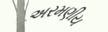
અરમણીય